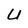
Character: U